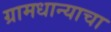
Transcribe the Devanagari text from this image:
ग्रामधान्याचा